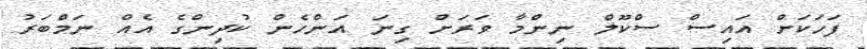
ފަހަކަށް އައިސް ސްކޫލް ނިންމާ ވަރަށް ގިނަ އަންހެން ކުދިންގެ އެއް ނަމްބަރު